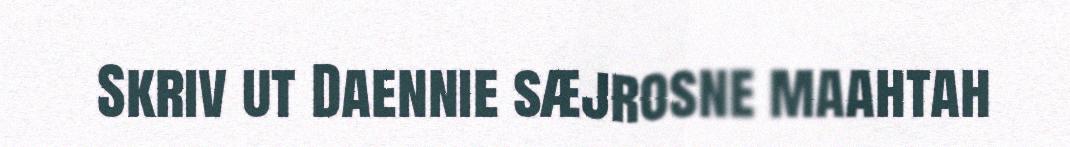
Skriv ut Daennie sæjrosne maahtah